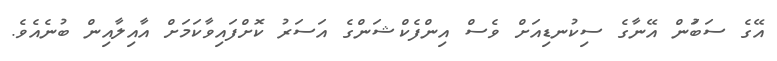
އޭގެ ސަބަުން އޭނާގެ ސިކުނޑިއަށް ވެސް އިންފެކްޝަންގެ އަސަރު ކޮށްފައިވާކަމަށް އާއިލާއިން ބުނެއެވެ.